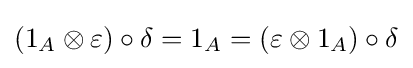
(1_{A}\otimes \varepsilon )\circ \delta =1_{A}=(\varepsilon \otimes 1_{A})\circ \delta